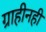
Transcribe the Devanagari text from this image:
ग्राहीनहीं